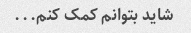
شاید بتوانم کمک کنم...